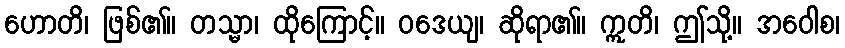
ဟောတိ၊ ဖြစ်၏။ တသ္မာ၊ ထိုကြောင့်။ ဝဒေယျ၊ ဆိုရာ၏။ ဣတိ၊ ဤသို့။ အဝေါစ၊